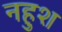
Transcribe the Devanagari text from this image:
नहुश